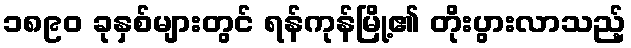
၁၈၉၀ ခုနှစ်များတွင် ရန်ကုန်မြို့၏ တိုးပွားလာသည့်